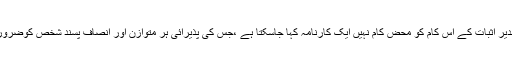
اس تناظر میں مدیر اثبات کے اس کام کو محض کام نہیں ایک کارنامہ کہا جاسکتا ہے ،جس کی پذیرائی ہر متوازن اور انصاف پسند شخص کوضرور کرنی چاہیئے۔